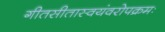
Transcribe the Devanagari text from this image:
गीतसीतास्वयंवरोपक्रमः